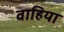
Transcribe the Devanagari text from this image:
वाहिया